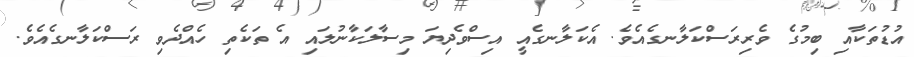
އުޑުތަކާއި ބިމުގެ ވެރިރަސްކަލާނގެއެވެ. އެކަލާނގެއީ އިސްވެދިޔަ މިސާލަކާނުލައި އެ ތަކެތި ހެއްދެވި ރަސްކަލާނގެއެވެ.